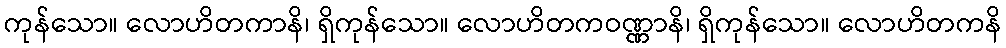
ကုန်သော။ လောဟိတကာနိ၊ ရှိကုန်သော။ လောဟိတကဝဏ္ဏာနိ၊ ရှိကုန်သော။ လောဟိတကနိ